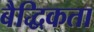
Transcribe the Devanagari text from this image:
बैद्धिकता